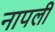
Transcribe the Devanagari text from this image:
नापली